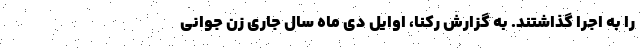
را به اجرا گذاشتند. به گزارش رکنا، اوایل دی ماه سال جاری زن جوانی